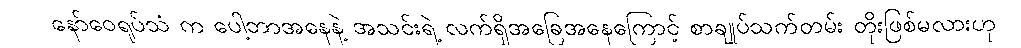
နော်ဝေရုပ်သံ က ပေါ့ဘာအနေနဲ့ အသင်းရဲ့ လက်ရှိအခြေအနေကြောင့် စာချုပ်သက်တမ်း တိုးဖြစ်မလားဟု